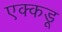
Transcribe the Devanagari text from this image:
एक्कडू